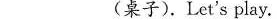
_________ (桌子).Let's play.